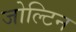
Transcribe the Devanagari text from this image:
जोल्टिन